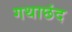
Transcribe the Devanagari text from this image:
गथाछंद